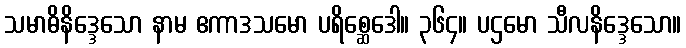
သမာဓိနိဒ္ဒေသော နာမ ဧကာဒသမော ပရိစ္ဆေဒေါ။ ၃၆၄။ ပဌမော သီလနိဒ္ဒေသော။